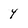
Character: 4